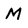
Character: M